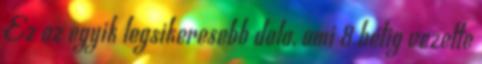
Ez az egyik legsikeresebb dala, ami 8 hétig vezette